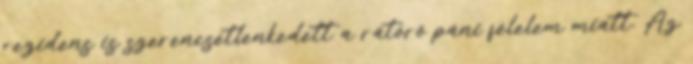
rezidens is szerencsétlenkedett a rátörő páni félelem miatt. Az